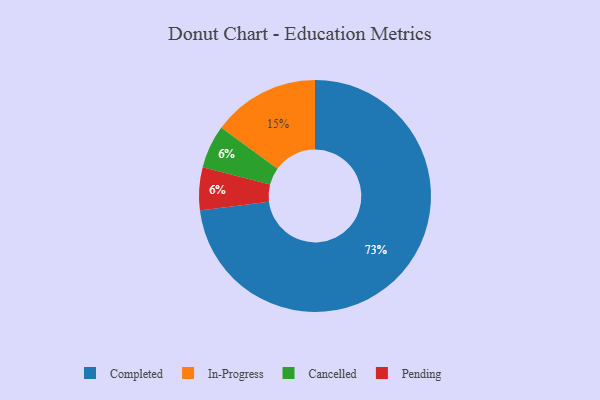
{"axis": {"x": "Category", "y": "Percentage"}, "legend": ["Cancelled", "Completed", "In-Progress", "Pending"], "data": [{"x": "Completed", "y": 73, "type": "Completed"}, {"x": "Cancelled", "y": 6, "type": "Cancelled"}, {"x": "In-Progress", "y": 15, "type": "In-Progress"}, {"x": "Pending", "y": 6, "type": "Pending"}]}